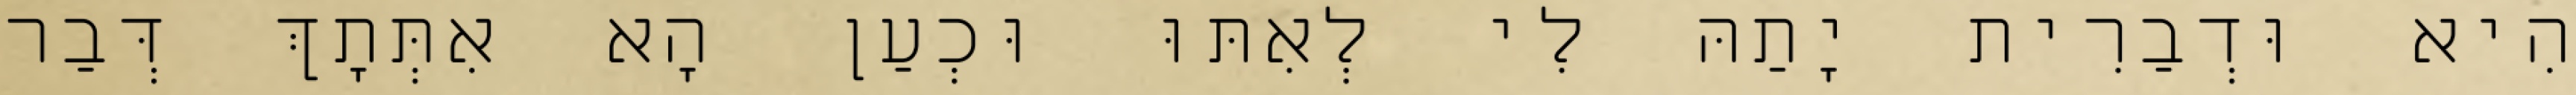
הִיא וּדְבַרִית יָתַהּ לִי לְאִתּוּ וּכְעַן הָא אִתְּתָךְ דְּבַר